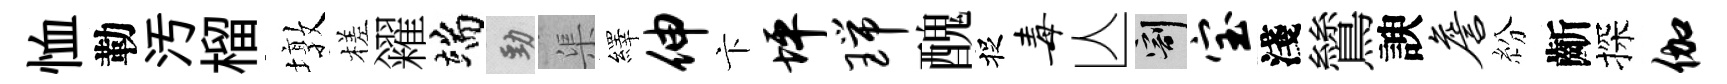
恤勒汚榴墩槎糴端勁渠繹伸卞坪瑞醜捉毒亾割宝淺鷥諛詹紛齗探伽